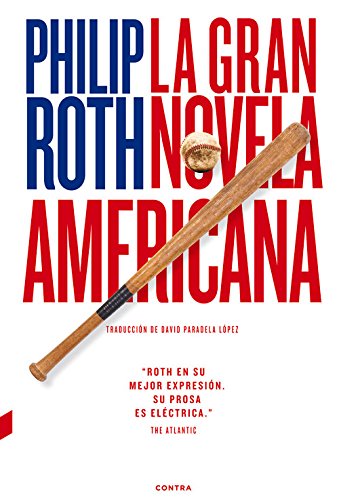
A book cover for La gran novela americana (Spanish Edition); Philip Roth; Literature & Fiction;